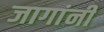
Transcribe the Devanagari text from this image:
जागांनी